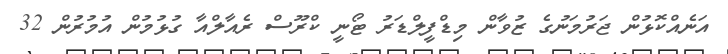
އަނެއްކޮޅުން ޖަރުމަނުގެ ޒުވާން މިޑްފީލްޑަރު ޓޯނީ ކްރޫސް ރެއާލްއާ ގުޅުމުން އުމުރުން 32